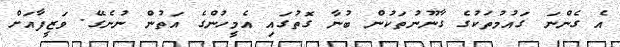
އެ ގެންނަ ގައުމުތަކުގެ ގާނޫނުތަކުން ބުނާ ގޮތުގައި އެމީހުންގެ އަތުން ނުނެގޭ. ވަޒީފާއަށް